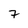
Character: 7